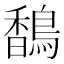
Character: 𬳥